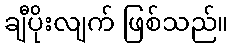
ချီပိုးလျက် ဖြစ်သည်။